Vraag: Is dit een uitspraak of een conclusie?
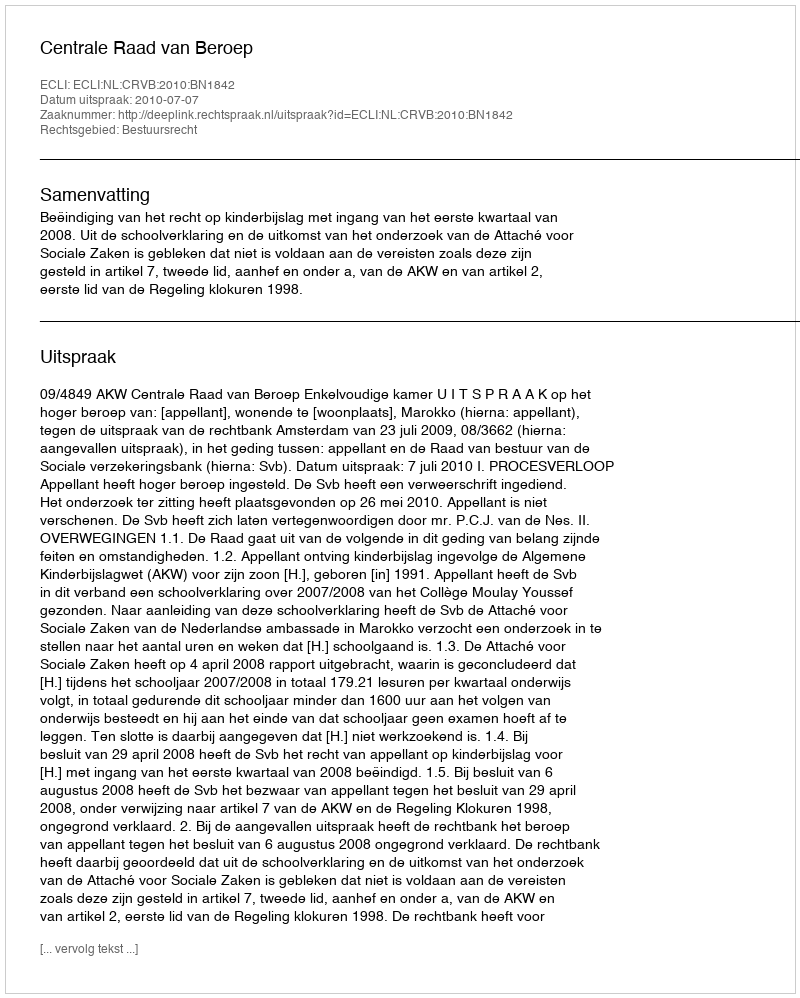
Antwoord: Uitspraak